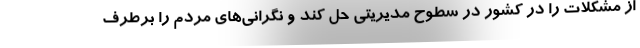
از مشکلات را در کشور در سطوح مدیریتی حل کند و نگرانی‌های مردم را برطرف